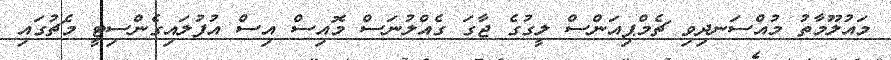
މައުލޫމާތު މުއްސަނދިވި ޗެމްޕިއަންސް ލީގުގެ ޖާގަ ގެއްލުނަސް މޮއިސް އިސް އުފުލައިގެންސިޓީ މެޗުގައި